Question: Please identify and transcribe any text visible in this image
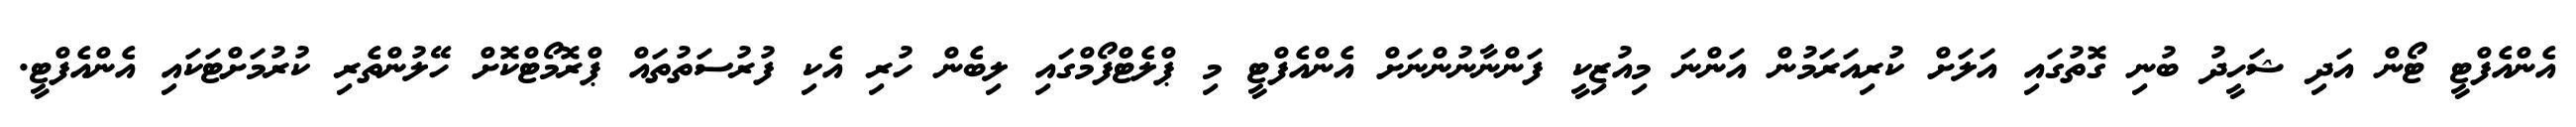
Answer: އެންއެފްޓީ ޓޯން އަދި ޝަހީދު ބުނި ގޮތުގައި އަލަށް ކުރިއަރަމުން އަންނަ މިއުޒިކީ ފަންނާނުންނަށް އެންއެފްޓީ މި ޕްލެޓްފޯމްގައި ލިބެން ހުރި އެކި ފުރުސަތުތައް ޕްރޮމޯޓްކޮށް ހޭލުންތެރި ކުރުމަށްޓަކައި އެންއެފްޓީ.